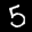
Label: 5